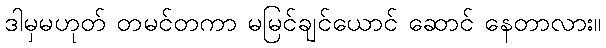
ဒါမှမဟုတ် တမင်တကာ မမြင်ချင်ယောင် ဆောင် နေတာလား။